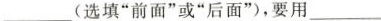
___(选填”前面”或”后面”)，要用___